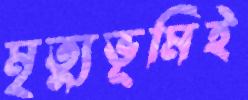
মৃত্যুভূমিই